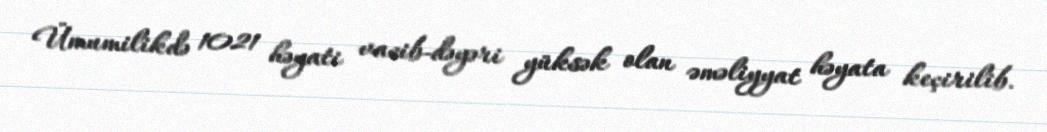
Ümumilikdə 1021 həyati vacib-dəyəri yüksək olan əməliyyat həyata keçirilib.